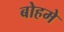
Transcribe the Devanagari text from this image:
बोहमे